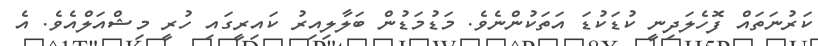
ކަރުނަތައް ފޮހެލަދިނީ ކުޑަކުޑަ އަތަކުންނެވެ. މަޑުމަޑުން ބަލާލިއިރު ކައިރީގައި ހުރީ މިޝްއަލްއެވެ. އެ